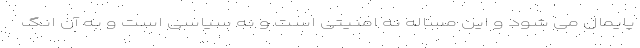
پایمال می شود و این مساله نه امنیتی است و نه سیاسی است و به آن انگ